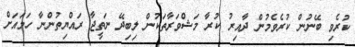
ކުރެވި ބޭނުން ކުރެވެމުން ދާއިރު ކުރާ މަޝްވަރާތަކުން ލިބިދޭ ނަތީޖާ ރައްޔިތުންނާ ހަމައަށް